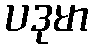
ပဒုမာ